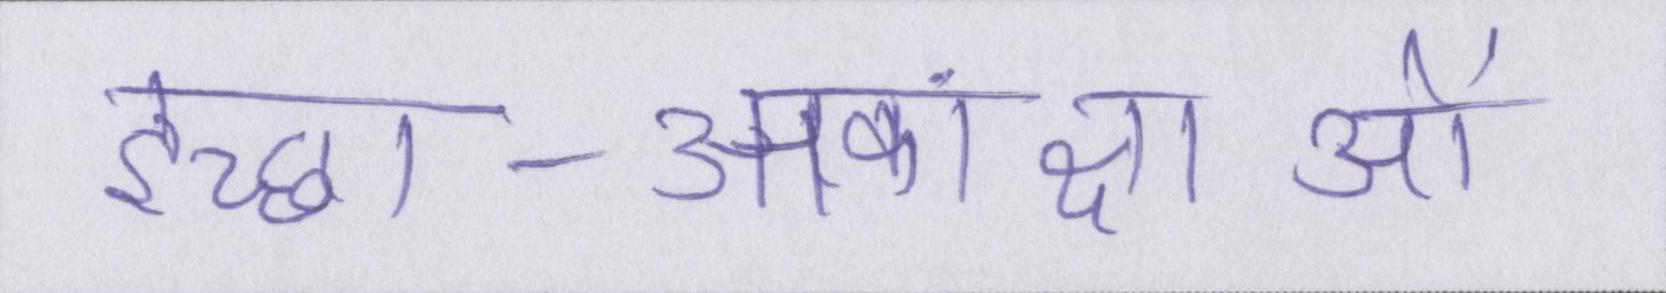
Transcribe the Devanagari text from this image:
इच्छा-आकांक्षाओं